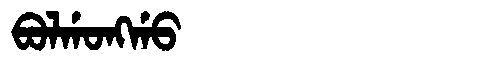
Manchu: ᠪᠣᠯᡤᠣᠩᡤᠣ
Romanization: BOLGONGGO